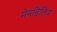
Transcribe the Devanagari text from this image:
मेनडिलिव